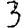
Digit: 3